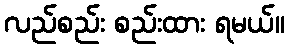
လည်စည်း စည်းထား ရမယ်။